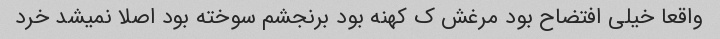
واقعا خیلی افتضاح بود مرغش ک کهنه بود برنجشم سوخته بود اصلا نمیشد خرد